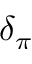
\delta _ { \pi }